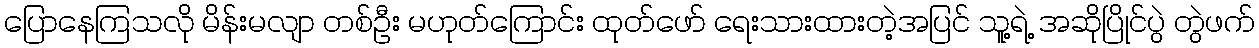
ပြောနေကြသလို မိန်းမလျာ တစ်ဦး မဟုတ်ကြောင်း ထုတ်ဖော် ရေးသားထားတဲ့အပြင် သူ့ရဲ့ အဆိုပြိုင်ပွဲ တွဲဖက်